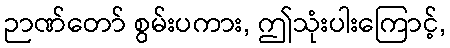
ဉာဏ်တော် စွမ်းပကား, ဤသုံးပါးကြောင့်,